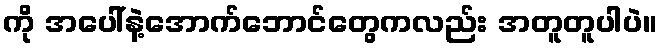
ကို အပေါ်နဲ့အောက်ဘောင်တွေကလည်း အတူတူပါပဲ။